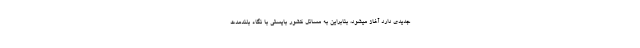
جدیدی دارد آغاز میشود، بنابراین به مسائل کشور بایستی با نگاه بلندمدّت